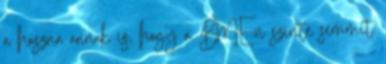
a haszna annak is, hogy a BME-n szinte semmit